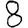
Digit: 8